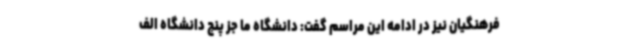
فرهنگیان نیز در ادامه این مراسم گفت: دانشگاه ما جز پنج دانشگاه الف